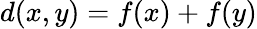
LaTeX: d(x,y)=f(x)+f(y)